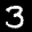
Label: 3